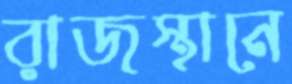
রাজস্থানে